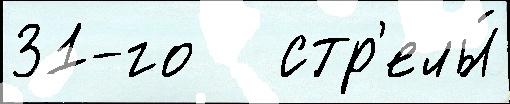
31-го   стр'елы́